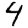
Digit: 4